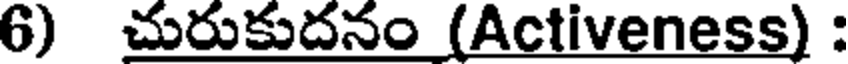
6) చురుకుదనం (Activeness) :